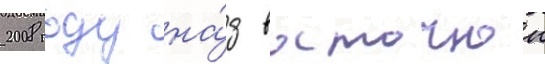
2008 году на́д восточнои